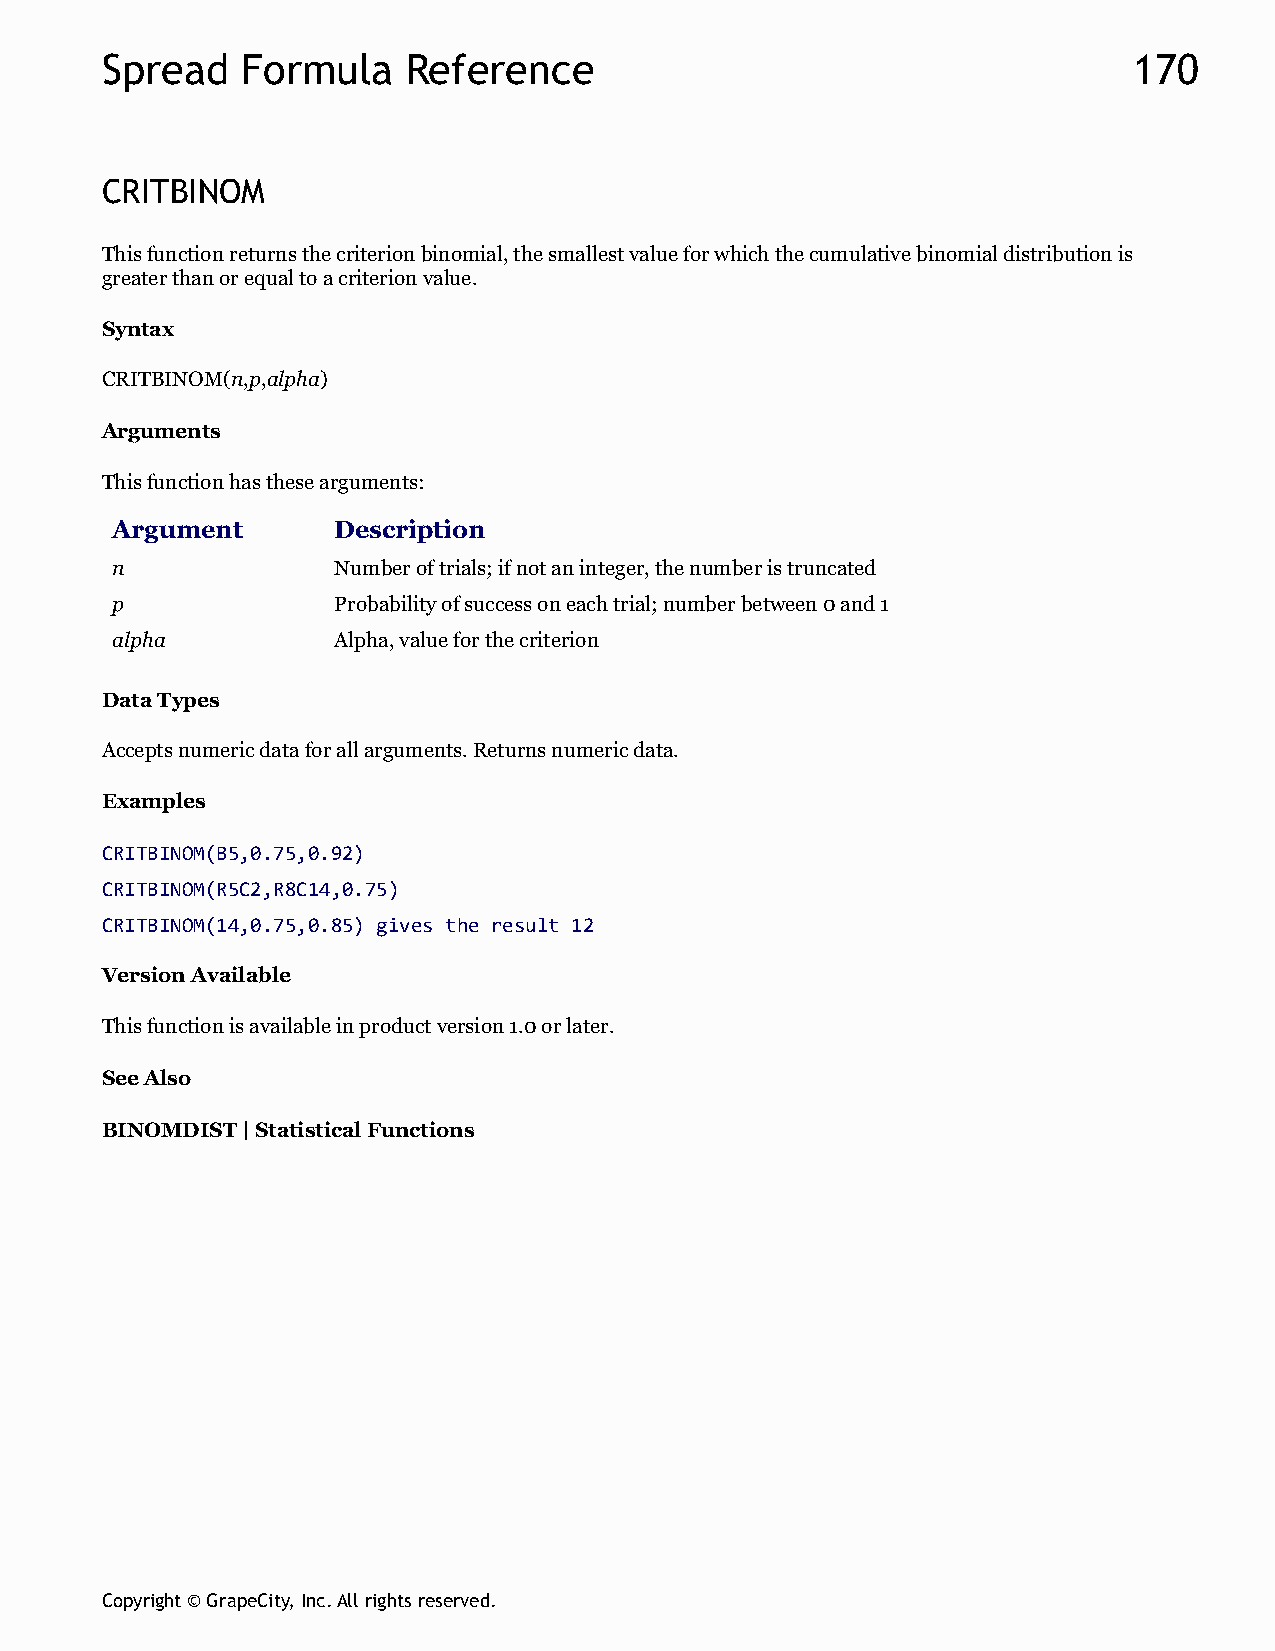
Spread   Formula    Reference                                       170
 CRITBINOM
 This function returns the criterion binomial, the smallest value for which the cumulative binomial distribution is
 greater than or equal to a criterion value.
 Syntax
 CRITBINOM(n,p,alpha)
 Arguments
 This function has these arguments:
 Argument       Description
 n              Number of trials; if not an integer, the number is truncated
 p              Probability of success on each trial; number between 0 and 1
 alpha          Alpha, value for the criterion
 Data Types
 Accepts numeric data for all arguments. Returns numeric data.
 Examples
 CRITBINOM(B5,0.75,0.92)
 CRITBINOM(R5C2,R8C14,0.75)
 CRITBINOM(14,0.75,0.85) gives the result 12
 Version Available
 This function is available in product version 1.0 or later.
 See Also
 BINOMDIST | Statistical Functions
 Copyright © GrapeCity, Inc. All rights reserved.